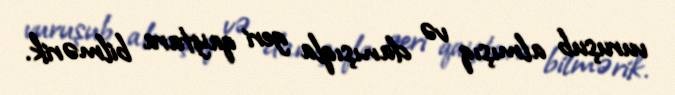
vuruşub almışıq və danışıqla geri qaytara bilmərik.